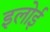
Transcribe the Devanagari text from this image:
इलोई